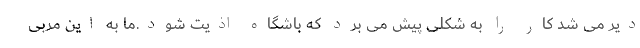
دیر می شد کار را به شکلی پیش می برد که باشگاه اذیت شود.ما به این مربی